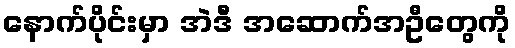
နောက်ပိုင်းမှာ အဲဒီ အဆောက်အဦတွေကို